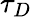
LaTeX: \tau_{D}